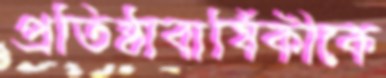
প্রতিষ্ঠাবার্ষিকীকে